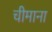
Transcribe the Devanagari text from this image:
चीमाना